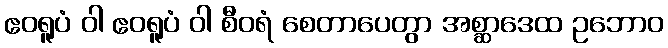
ဧဝရူပံ ဝါ ဧဝရူပံ ဝါ စီဝရံ စေတာပေတွာ အစ္ဆာဒေထ ဥဘောဝ